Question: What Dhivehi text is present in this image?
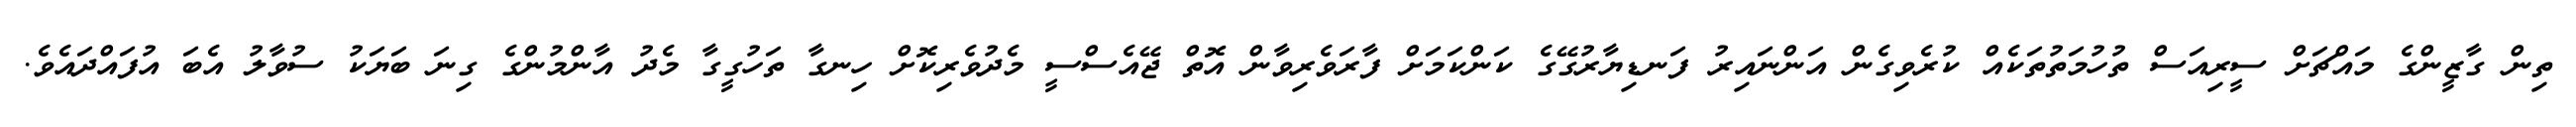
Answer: ތިން ގާޒީންގެ މައްޗަށް ސީރިއަސް ތުހުމަތުތަކެއް ކުރެވިގެން އަންނައިރު ފަނޑިޔާރުގޭގެ ކަންކަމަށް ފާރަވެރިވާން އޮތް ޖޭއެސްސީ މެދުވެރިކޮށް ހިނގާ ތަހުގީގާ މެދު އާންމުންގެ ގިނަ ބަޔަކު ސުވާލު އެބަ އުފައްދައެވެ.